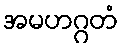
အမဟဂ္ဂတံ